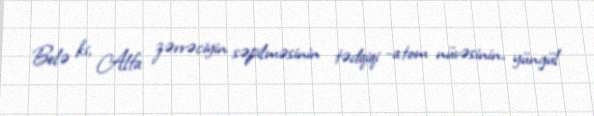
Belə ki, Alfa zərrəciyin səpilməsinin tədqiqi -atom nüvəsinin, yüngül